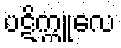
ပဋိက္ကူလေ